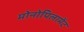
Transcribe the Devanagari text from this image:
मोनोपिलामेंट